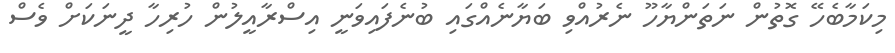
މިކަމާބެހޭ ގޮތުން ނަތަންޔާހޫ ނެރުއްވި ބަޔާނެއްގައި ބުނެފައިވަނީ އިސްރާއީލުން ހުރިހާ ދީނަކަށް ވެސް